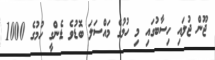
ޖޫން ޖުލައި ހިސާބުގައި މި ހުމުގެ މައްސަލަ ބޮޑުވެ ޑެންގީ ހުމުގެ 1000